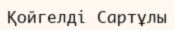
Қойгелді Сартұлы